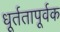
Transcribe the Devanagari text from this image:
धूर्ततापूर्वक